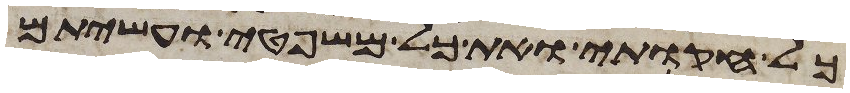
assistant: כל חקותי ואת כל משפטי ועשיתם